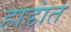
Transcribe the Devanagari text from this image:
हाडांत